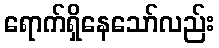
ရောက်ရှိနေသော်လည်း